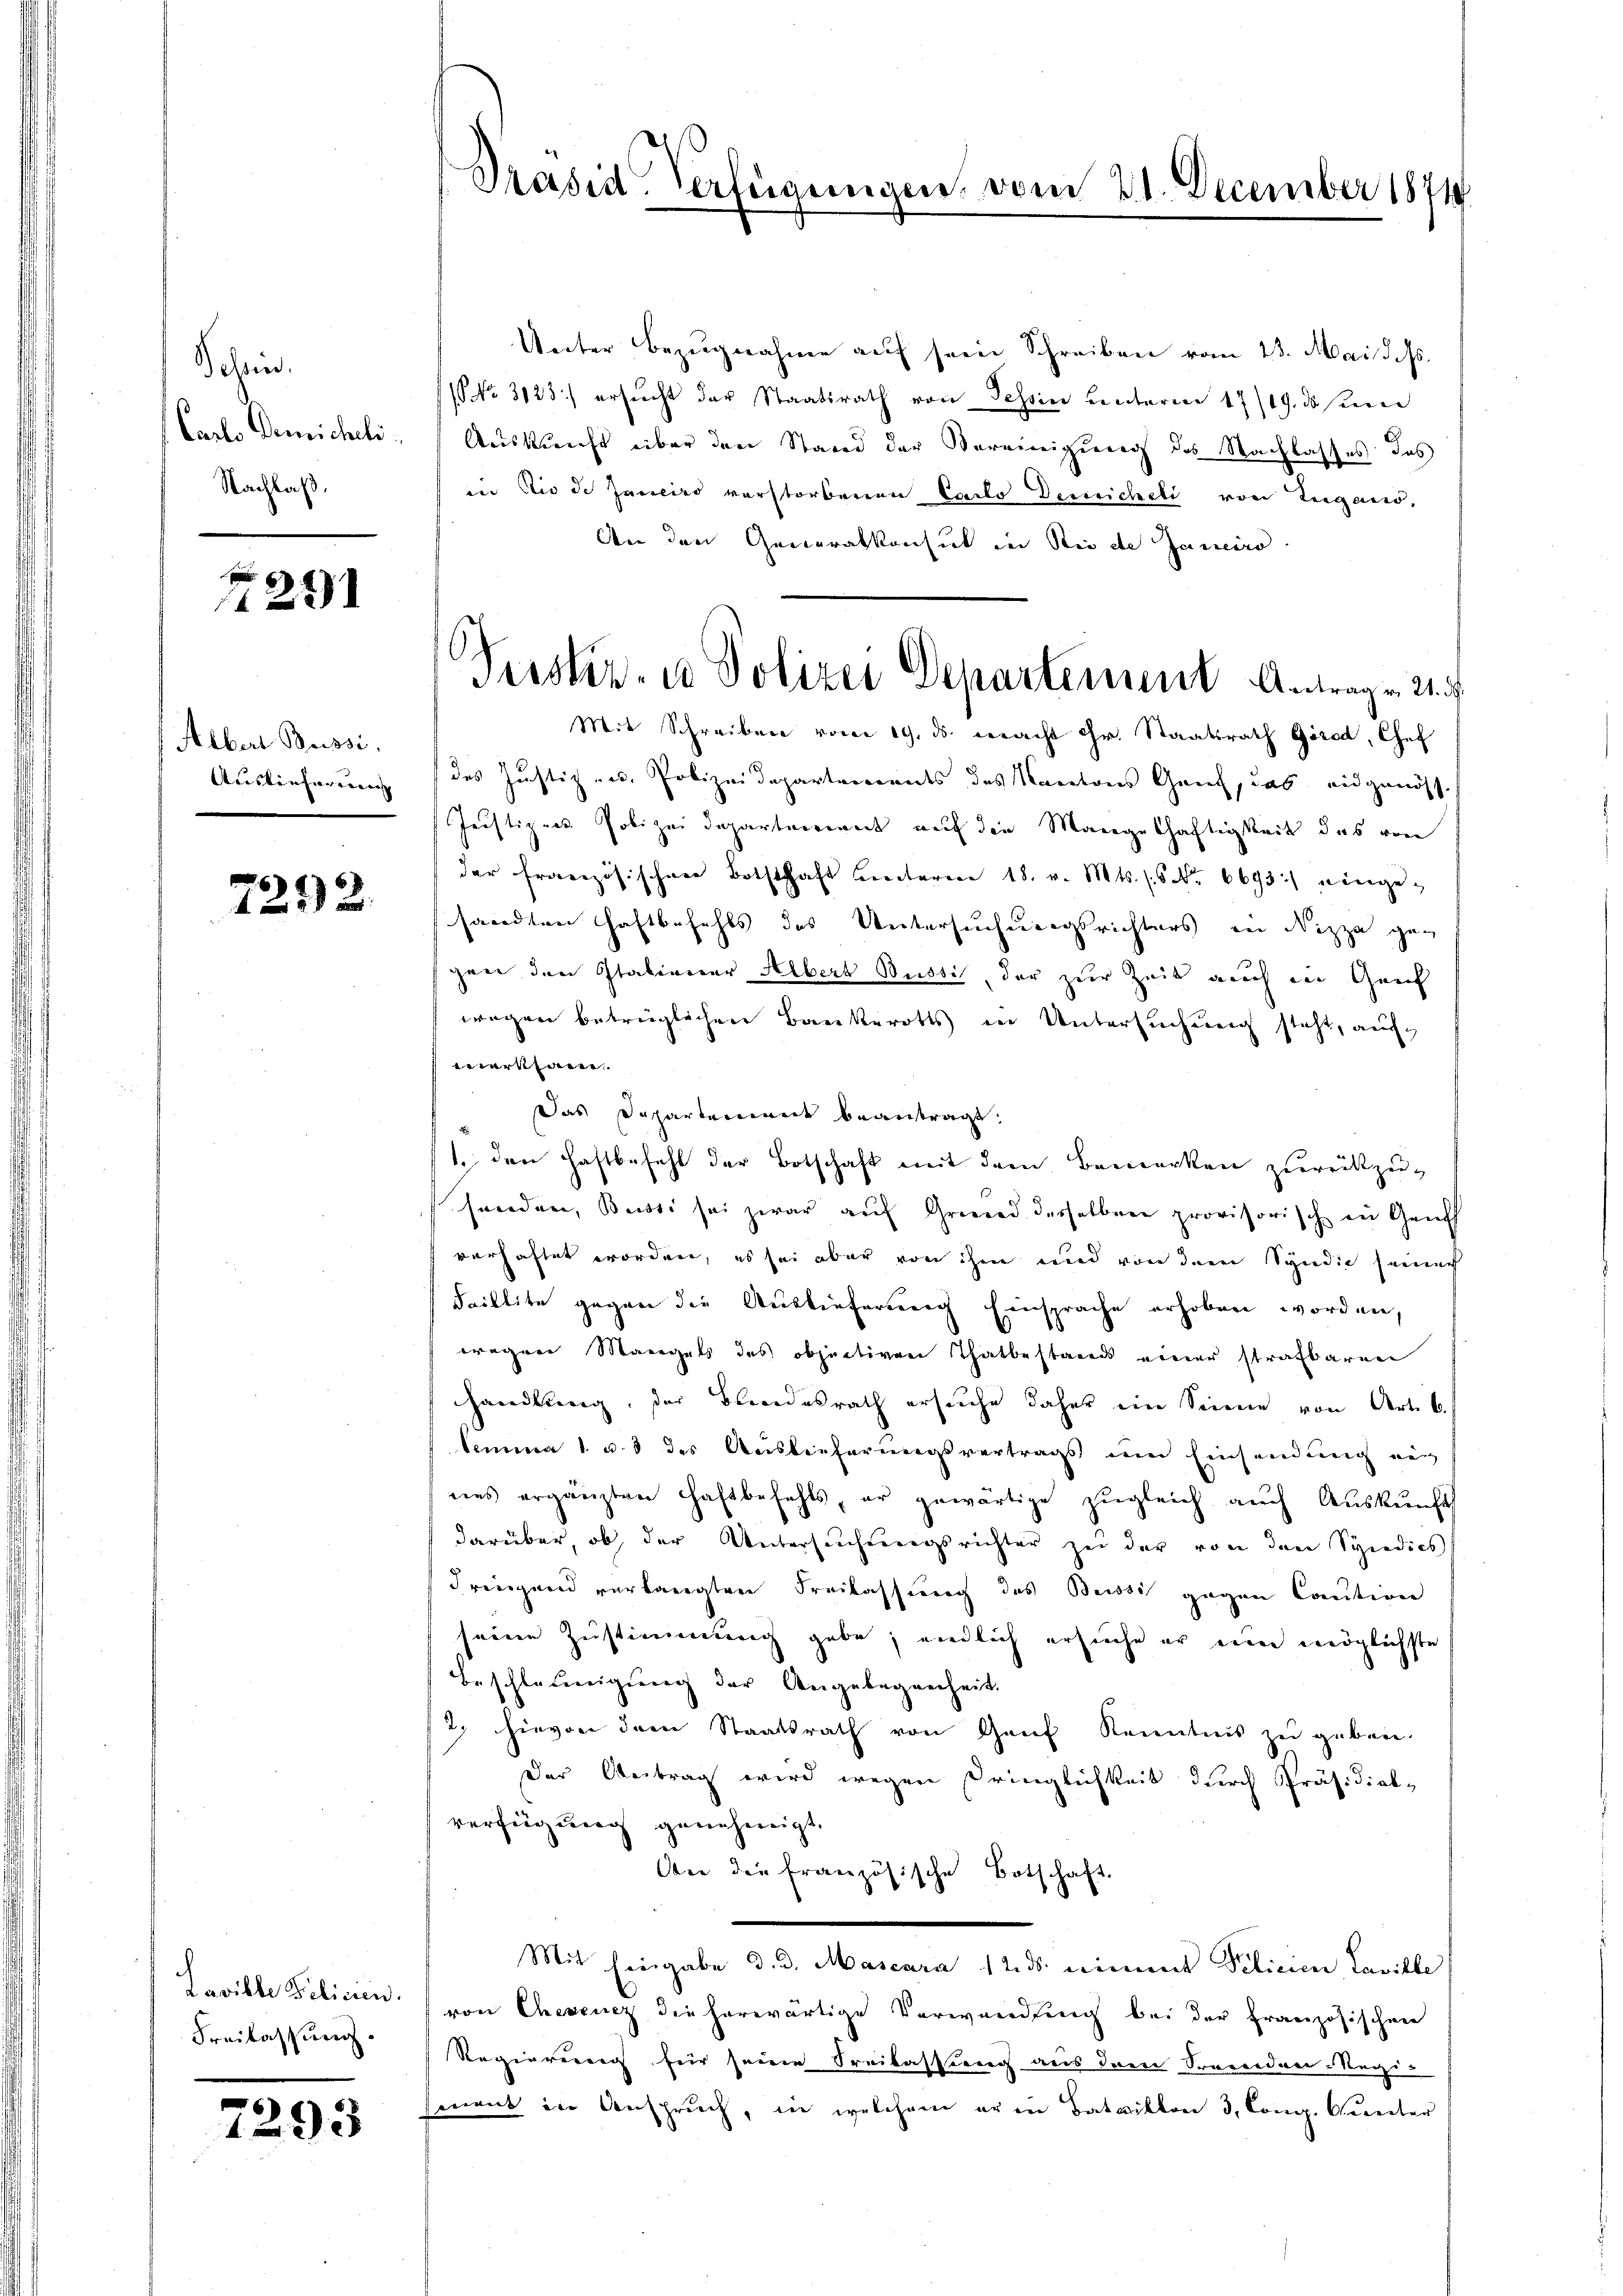
Schries,
Carls Demicheli
Nachlaß.

129

Albert Bussi
Auskonferenen

7292.

Laville Policien.
Freilassung

7293

Prasis Verfügungen, vom 21. December 1871

Terskr. in Polizei Departement Antrag v. 21.

Unter Bezugnahme auf sein Schreiben vom 23. Mai d. Js.
(NNo. 3123) ersŭcht der Staatsrath von Tessin unterm 17/19. ds seien
Auskunft über den Stand der Vereinigung des Nachlasses das
in die de Janeiro verstorbenen Carlo Derreicheli von Lugand,
An den Generalkonsunt in Sei de Janeiro
Mit Schreiben vom 19. ds. macht ihr. Staatsrath Girod, Chef
des Justiz- u. Polizeidepartements des Kantons Genf, das eidgenöss
Justizen Polizei Departerient auf die Mangelhaftigkeit das von
der französischen Botschaft hinterm 18. v. Mts. (5 No 6693.) einge-
sandten Haftbefehls das Untersuchungsrichters in Nizza gan
gen den Italiener Albert Bussi, der zur Zeit auch in Geis
wegen betrüglichen Bankerotts in Untersuchung steht, aufverkann.
Das Departement beantragt.
1. den Haftbefehl der Botschaft mit dem Bemerken zurückzu-
senden, Bussi sei zwar auf Grund derselben provisorisch in Genf
verhaftet worden, es sei aber von ihm und von dem Syndie seinach
Faillite gegen die Auslieferung Einsprache erhoben worden,
wegen Mangels des objectiven Thatbestands einer strafbaren
handlung, der Blindesrath ersuche daher ein Sinne von Art. 6.
lemma 1 u. 5 des Auslieferungsvertrags um Einsendung ein
nes ergänzten Haftbefehls, er gewärtige zŭgleich auch Aŭskŭnft
darüber, ob, der Untersuchungsrichter zu der von den Spedies
dringend verlangten Freilassung des Beisti gegen Caution
seine Zustimmung gabe; endlich ersuche er um möglichste
Beschlosigung der Angelegenheit.
2) hievon dem Staatsrath von Genf Kenntnis zu geben.
Der Beitrag wird wegen Dringlichkeit durch Präsidial-
verfügung genehmigt.
dne die französische Botschaft
Mit Eingabe d. d. Mascara 12. ds. einmit Pilicien Laville
von Chevenez die herwärtige Verwandlung bei der Französischen
Regierereng für seine Freilassung aus dem Secredner Regimant in Anspruch, in welchem er in Bataillon 3, Cong. Gunter